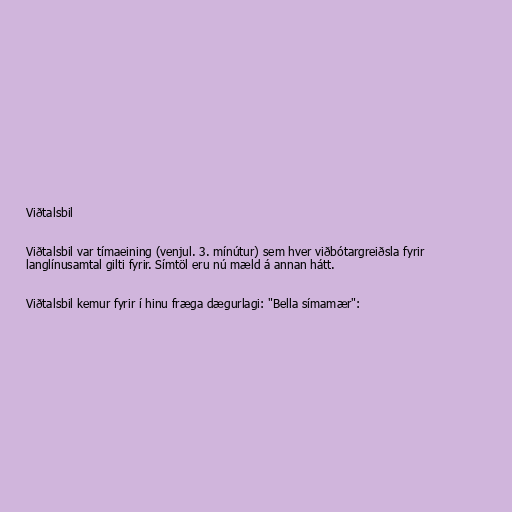
Viðtalsbil

Viðtalsbil var tímaeining (venjul. 3. mínútur) sem hver viðbótargreiðsla fyrir
langlínusamtal gilti fyrir. Símtöl eru nú mæld á annan hátt.

Viðtalsbil kemur fyrir í hinu fræga dægurlagi: "Bella símamær":